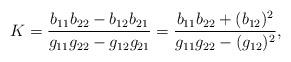
LaTeX: \begin{align*}K=\frac{b_{11}b_{22}-b_{12}b_{21}}{g_{11}g_{22}-g_{12}g_{21}}=\frac{b_{11}b_{22}+(b_{12})^2}{g_{11}g_{22}-(g_{12})^2},\end{align*}